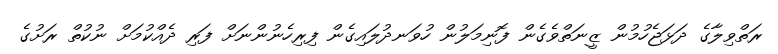
ރަތްވިލާގެ ދަޅަޖެހުމުން ޒީނަތްވެގެން ފޮނިމަލުން ހުވަނދުލައިގެން ފިރިހެނުންނަށް ފަރި ދެއްކުމަށް ނުކުތް ރަށުގެ